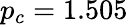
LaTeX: p_{c}=1.505